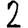
Digit: 2